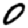
Digit: 0